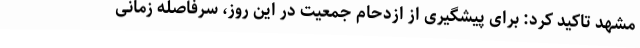
مشهد تاکید کرد: برای پیشگیری از ازدحام جمعیت در این روز، سرفاصله زمانی